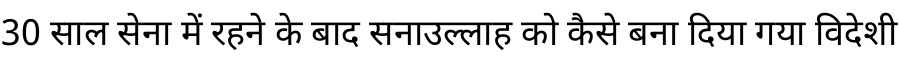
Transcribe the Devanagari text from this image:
30 साल सेना में रहने के बाद सनाउल्लाह को कैसे बना दिया गया विदेशी